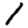
Digit: 1